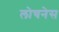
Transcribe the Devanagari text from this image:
लोचनेस